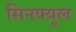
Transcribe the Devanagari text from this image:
सिनफ्यूल